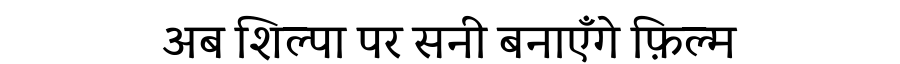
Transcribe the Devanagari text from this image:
अब शिल्पा पर सनी बनाएँगे फ़िल्म